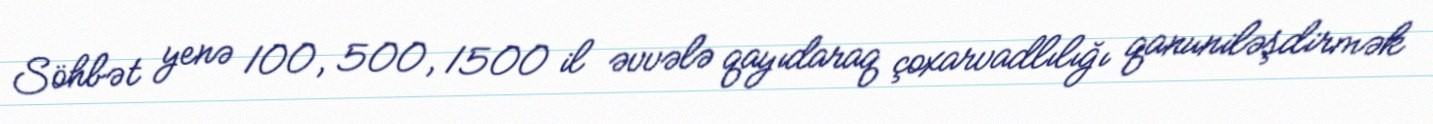
Söhbət yenə 100, 500, 1500 il əvvələ qayıdaraq çoxarvadlılığı qanuniləşdirmək